Mental hospitals Bombay report 1921-28 - 1921-1928
Year: 1921
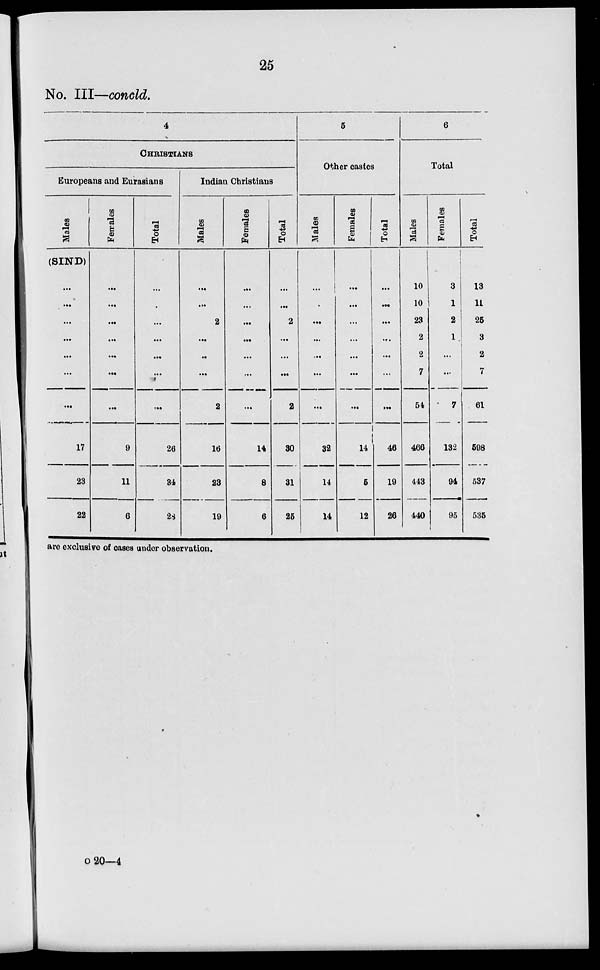
25
No. III—concld.
4
CHRISTIANS
Europeans and Eurasians
Males
(SIND)
...
...
...
...
...
...
...
17
23
22
Females
...
...
...
...
...
...
...
9
11
6
Total
...
...
...
...
...
...
...
26
34
28
Indian Christians
Males
...
...
2
...
...
...
2
16
23
19
Females
...
...
...
...
...
...
...
14
8
6
Total
...
...
2
...
...
...
2
30
31
25
5
Other castes
Males
...
...
...
...
...
...
...
32
14
14
Females
...
...
...
...
...
...
...
14
6
12
Total
...
...
...
...
...
...
...
46
19
26
6
Total
Males
10
10
23
2
2
7
54
466
443
440
Females
3
1
2
1
...
...
7
132
94
95
Total
13
11
25
3
2
7
61
598
537
535
are exclusive of oases under observation.
o 20—4